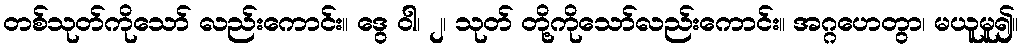
တစ်သုတ်ကိုသော် လည်းကောင်း။ ဒွေ ဝါ၊ ၂၊ သုတ် တို့ကိုသော်လည်းကောင်း။ အဂ္ဂဟေတွာ၊ မယူမူ၍။